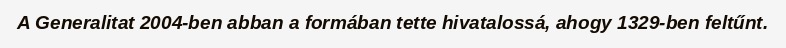
A Generalitat 2004-ben abban a formában tette hivatalossá, ahogy 1329-ben feltűnt.